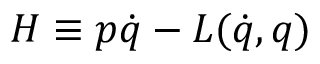
H \equiv p \dot { q } - L ( \dot { q } , q )